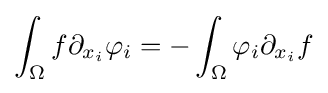
\int _{\Omega }f\partial _{x_{i}}\mathbf {\varphi } _{i}=-\int _{\Omega }\mathbf {\varphi } _{i}\partial _{x_{i}}f